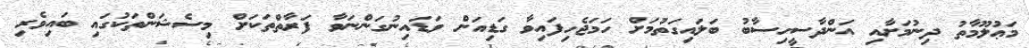
މަޢުލޫމާތު ދިނުމަށާއި އަންދާސީހިސާބު ބަލައިގަތުމަށް ހަމަޖެހިފައިވާ ގަޑިއަށް ވަޑައިނުގަންނަވާ ފަރާތްތަކަށް މިސެޝަންތަކުގައި ބައިވެރި